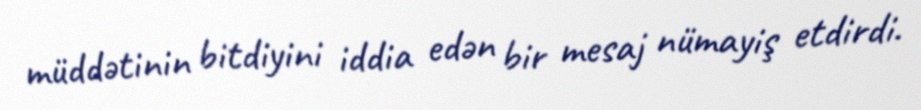
müddətinin bitdiyini iddia edən bir mesaj nümayiş etdirdi.